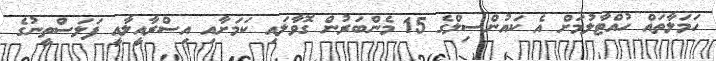
ހަމަލާތައް ހުއްޓާލުމަށް އެ ކައުންސިލްގެ 15 މެންބަރުން ގޮވާލައި ކަމަށާއި އިސްރާއީލާއީ ފަލަސްތީނުގެ